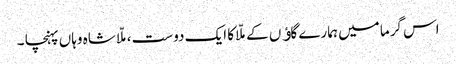
اس گرما میں ہمارے گاﺅں کے ملّا کا ایک دوست ،ملّا شاہ وہاں پہنچا ۔